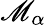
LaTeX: \mathscr{M}_{\alpha}